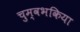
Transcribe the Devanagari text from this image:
चुम्वभकिया